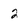
Character: 2